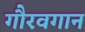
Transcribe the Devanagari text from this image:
गौरवगान